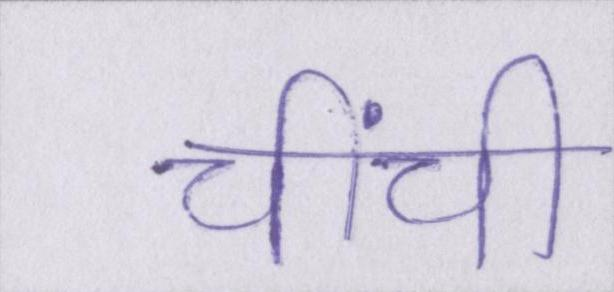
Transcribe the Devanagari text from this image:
चींची